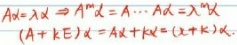
$A\alpha =\lambda \alpha \Rightarrow A^{m}\alpha =A\cdots A\alpha =\lambda ^{m}\alpha$
$(A + kE)\alpha =A\alpha +kE\alpha =(\lambda +k)\alpha$